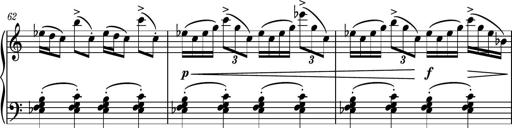
Title: Piano Sonatina No.3
Composer: Dimitri Sykias
Key: C major